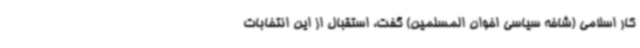
کار اسلامی (شاخه سیاسی اخوان المسلمین) گفت، استقبال از این انتخابات